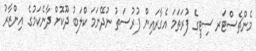
މެންޗެސްޓަރ ސިޓީގެ ފުރަތަމަ އެގާރައިން ފުރުސަތު ނުދޭނަމަ ކްލަބު ދޫކޮށް ދާނެކަމުގެ އިންޒާރު